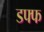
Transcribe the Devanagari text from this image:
डफ्फ